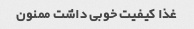
غذا کیفیت خوبی داشت ممنون